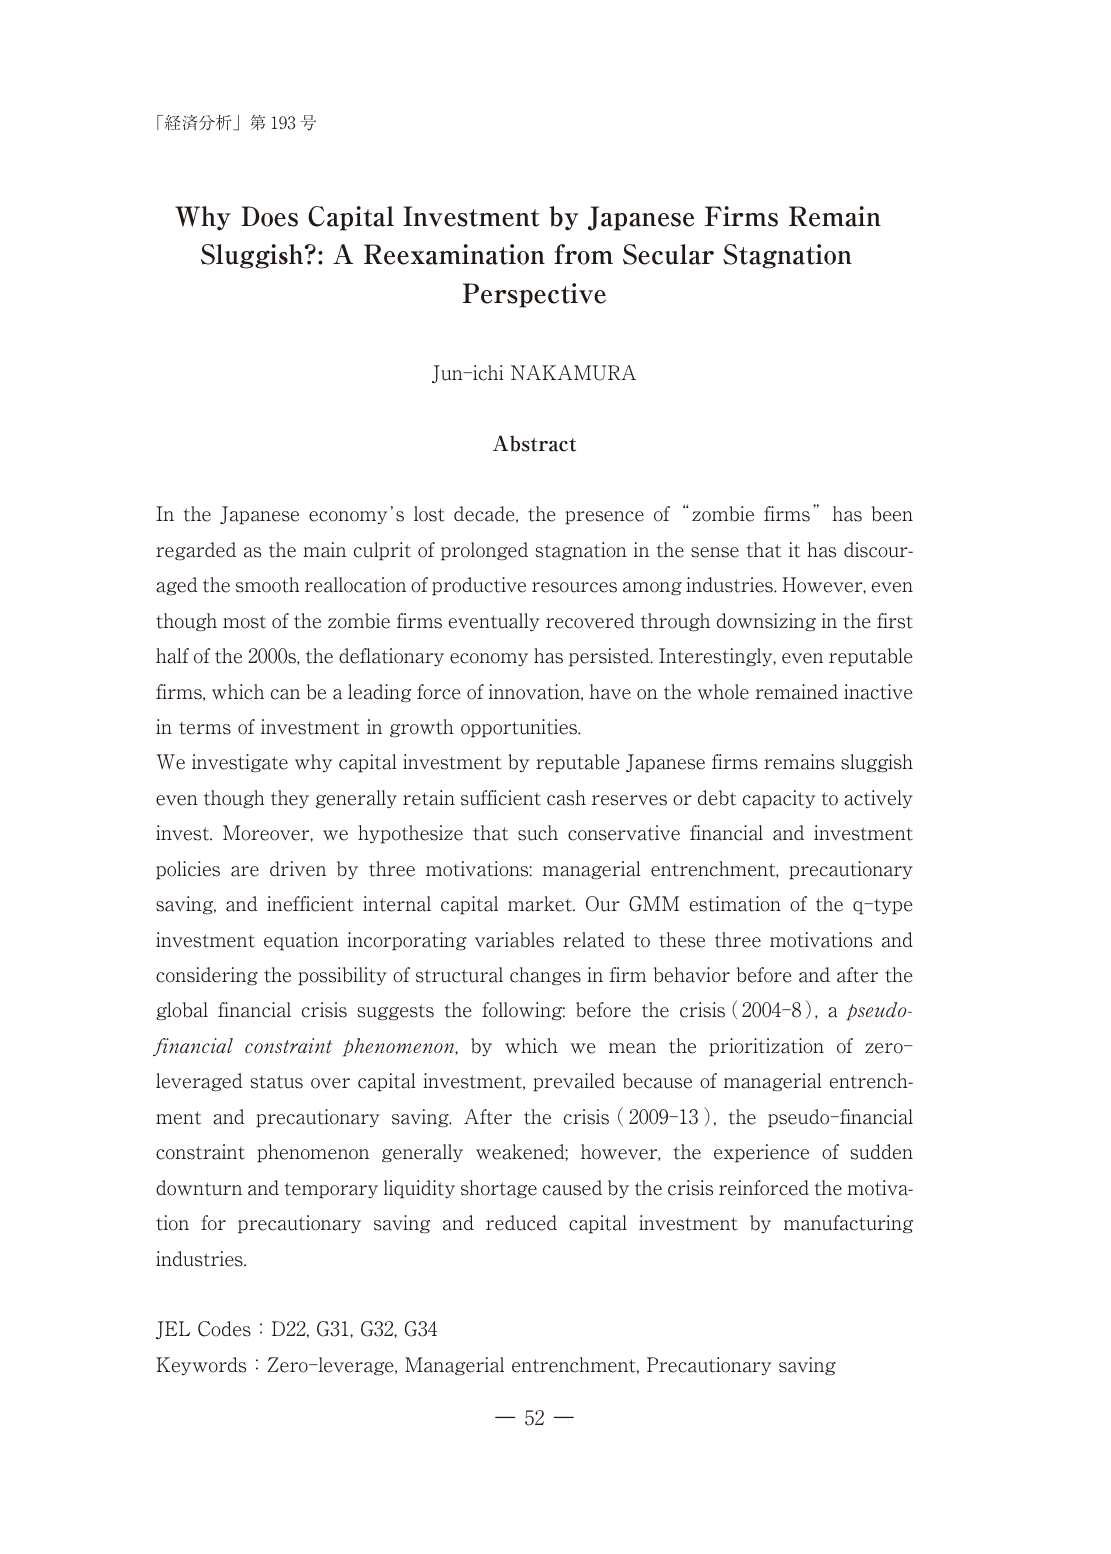
「経済分析」第193号

Why Does Capital Investment by Japanese Firms Remain Sluggish?: A Reexamination from Secular Stagnation Perspective

Jun-ichi NAKAMURA

Abstract

In the Japanese economy’s lost decade, the presence of “zombie firms” has been regarded as the main culprit of prolonged stagnation in the sense that it has discouraged the smooth reallocation of productive resources among industries. However, even though most of the zombie firms eventually recovered through downsizing in the first half of the 2000s, the deflationary economy has persisted. Interestingly, even reputable firms, which can be a leading force of innovation, have on the whole remained inactive in terms of investment in growth opportunities.

We investigate why capital investment by reputable Japanese firms remains sluggish even though they generally retain sufficient cash reserves or debt capacity to actively invest. Moreover, we hypothesize that such conservative financial and investment policies are driven by three motivations: managerial entrenchment, precautionary saving, and inefficient internal capital market. Our GMM estimation of the q-type investment equation incorporating variables related to these three motivations and considering the possibility of structural changes in firm behavior before and after the global financial crisis suggests the following: before the crisis (2004–8), a pseudo-financial constraint phenomenon, by which we mean the prioritization of zero-leveraged status over capital investment, prevailed because of managerial entrenchment and precautionary saving. After the crisis (2009–13), the pseudo-financial constraint phenomenon generally weakened; however, the experience of sudden downturn and temporary liquidity shortage caused by the crisis reinforced the motivation for precautionary saving and reduced capital investment by manufacturing industries.

JEL Codes : D22, G31, G32, G34
Keywords : Zero-leverage, Managerial entrenchment, Precautionary saving

— 52 —